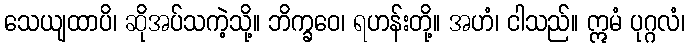
သေယျထာပိ၊ ဆိုအပ်သကဲ့သို့။ ဘိက္ခဝေ၊ ရဟန်းတို့။ အဟံ၊ ငါသည်။ ဣမံ ပုဂ္ဂလံ၊